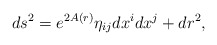
\begin{align*}ds^{2}=e ^{2 A (r)} \eta_{ij} dx^{i} dx^{j} + dr^{2},\end{align*}